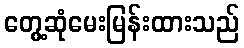
တွေ့ဆုံမေးမြန်းထားသည်